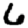
Digit: 6